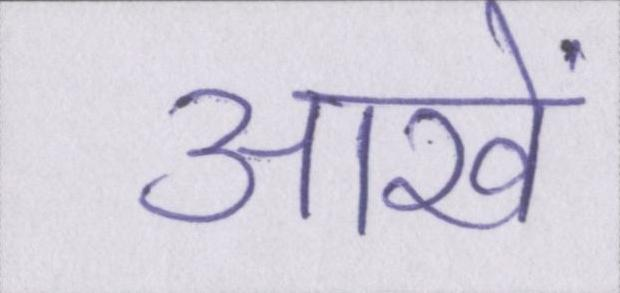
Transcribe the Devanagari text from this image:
आखें